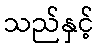
သည်နှင့်